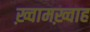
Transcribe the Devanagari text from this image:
ख़्वामख़्वाह